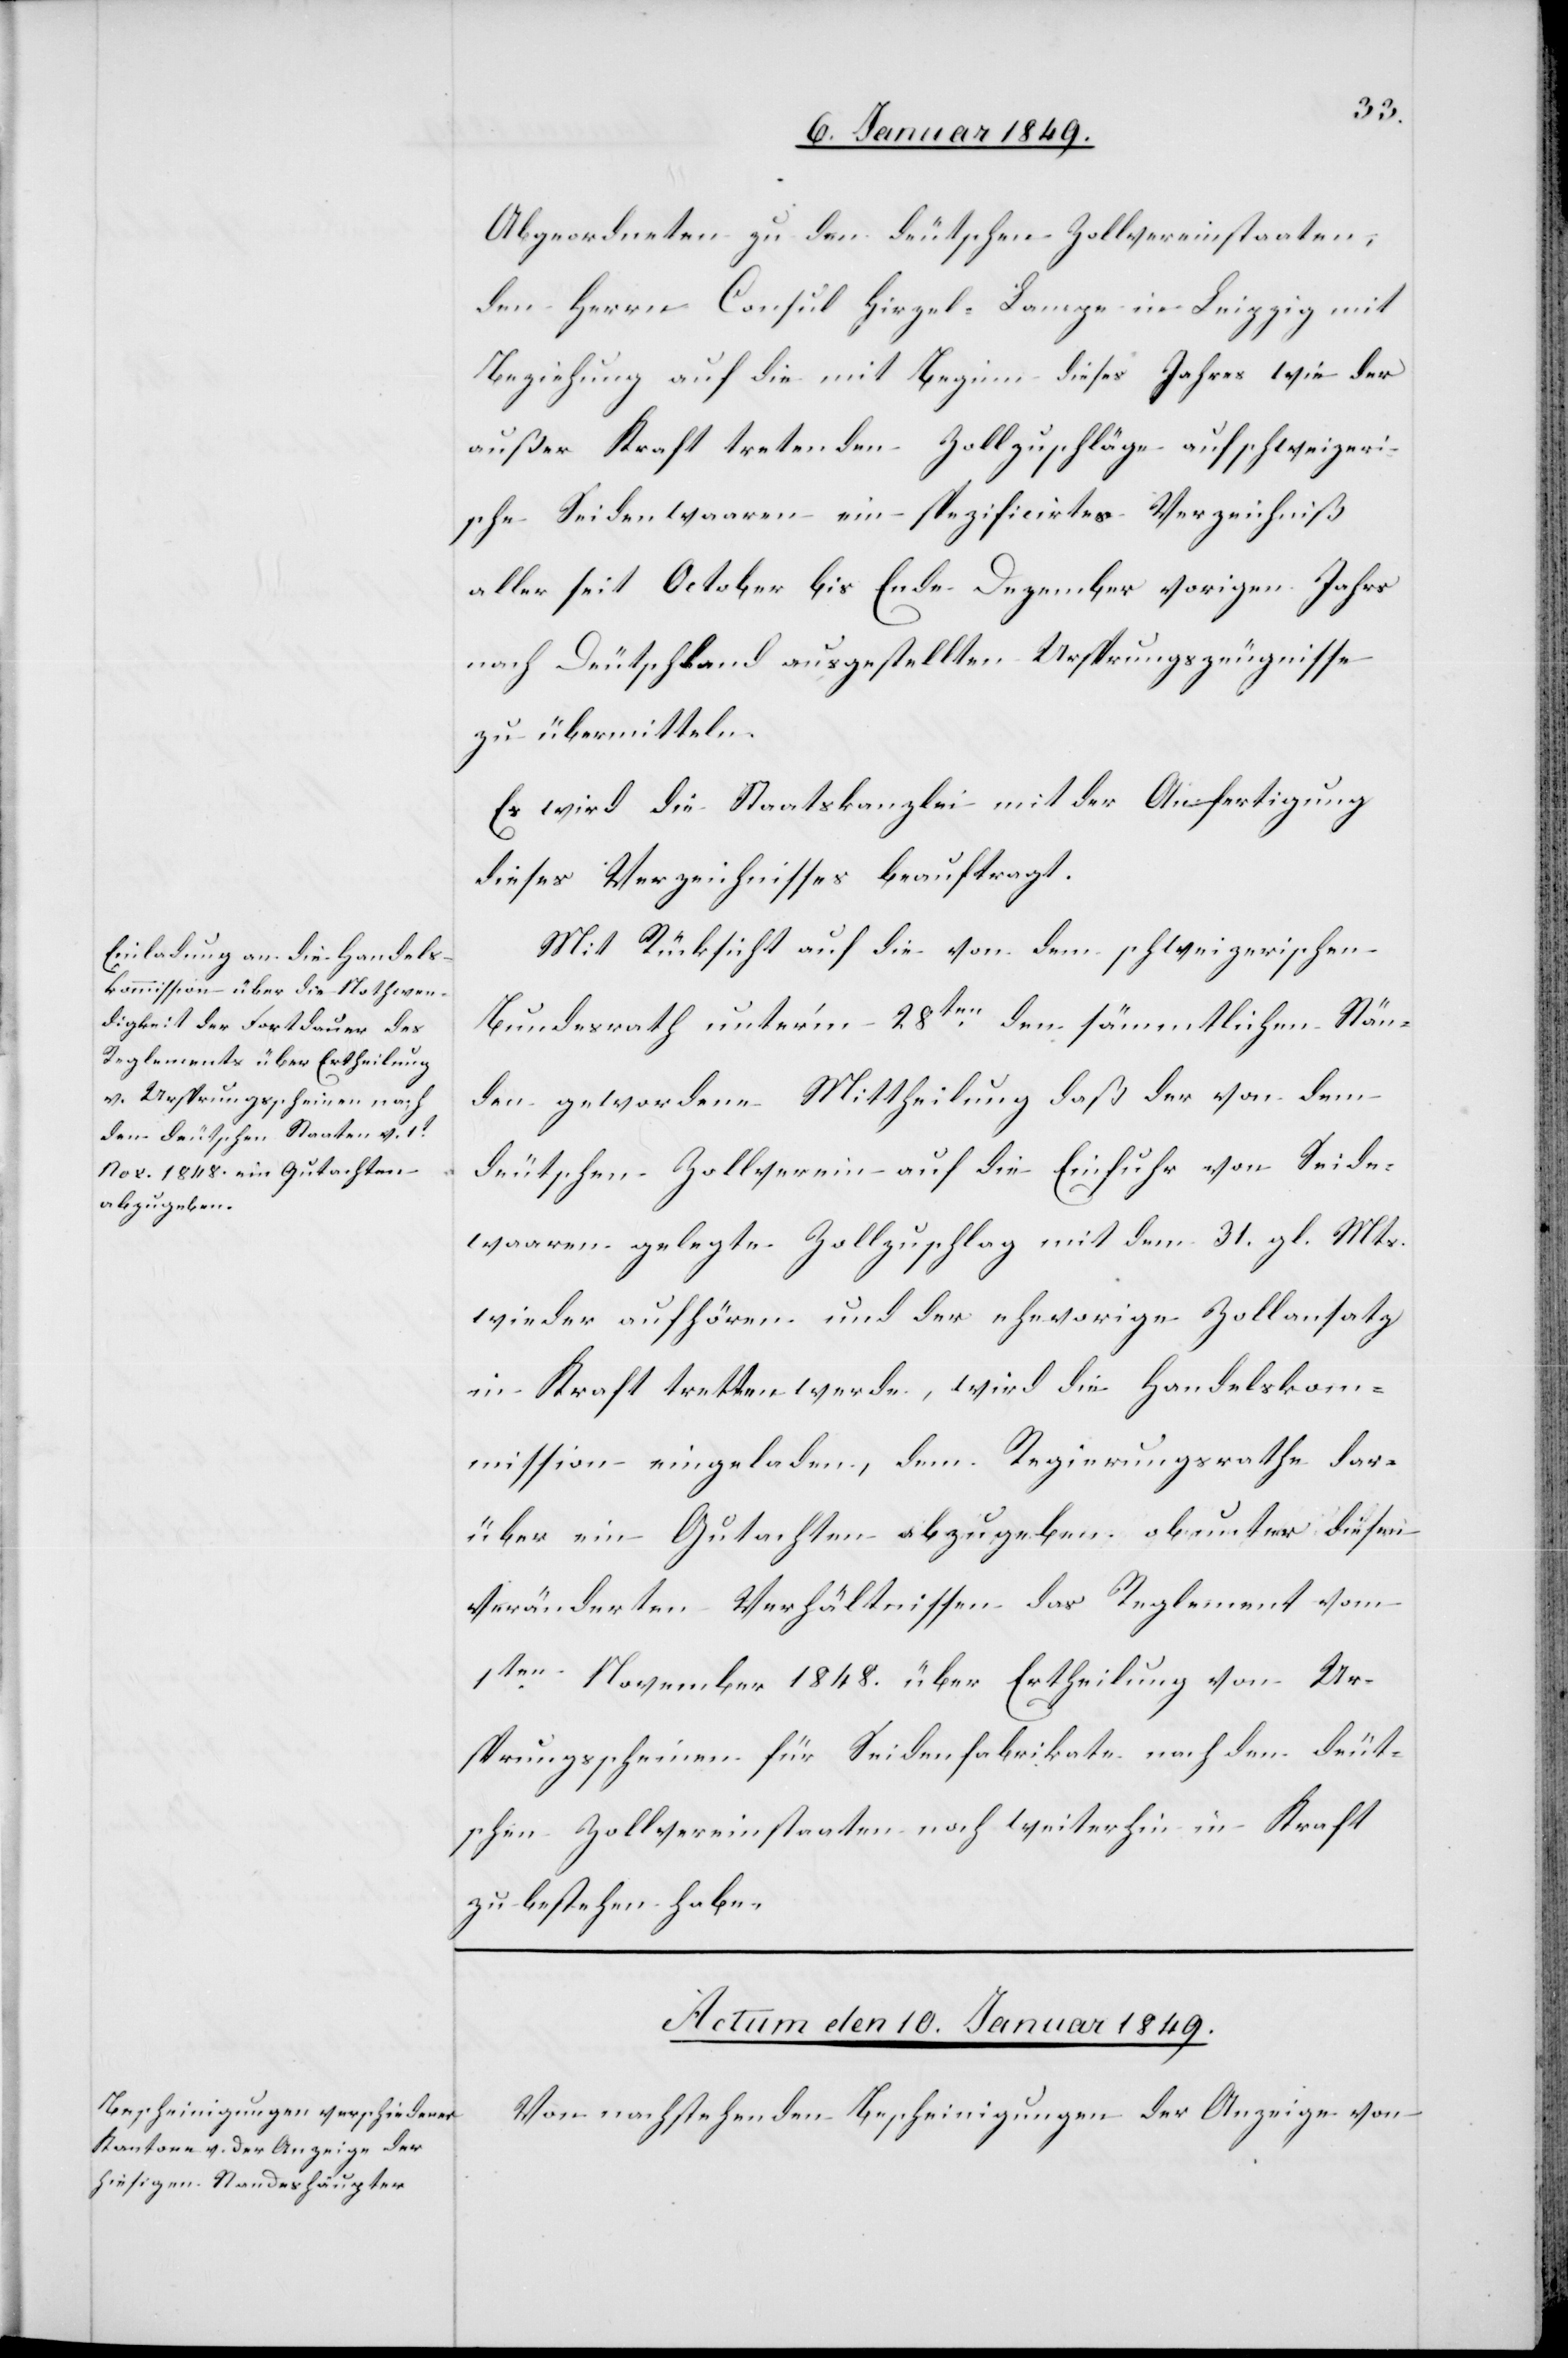
Abgeordneten zu den deutschen Zollvereinstaaten,
den Herrn Consul Hirzel-Lampe in Leipzig mit
Beziehung auf die mit Beginn dieses Jahres wie der
außer Kraft tretenden Zollzuschläge auf schweizeri¬
sche Seidenwaaren ein spezificirtes Verzeichniß
aller seit October bis Ende Dezember vorigen Jahrs
nach Deutschland ausgestellten Ursprungszeugnisse
zu übermitteln.
Es wird die Staatskanzlei mit der Anfertigung
dieses Verzeichnisses beauftragt.
Mit Rücksicht auf die von dem schweizerischen
Bundesrath unter’m 28ten. den sämmtlichen Stän¬
den gewordene Mittheilung daß der von dem
deutschen Zollverein auf die Einfuhr von Seide¬
waaren gelegte Zollzuschlag mit dem 31. gl. Mts.
wieder aufhören und der ehevorige Zollansatz
in Kraft tretten werde, wird die Handelskom¬
mission eingeladen, dem Regierungsrathe dar¬
über ein Gutachten abzugeben ob unter diesen
veränderten Verhältnissen das Reglement vom
1ten. November 1848. über Ertheilung von Ur¬
sprungsscheinen für Seidenfabrikate nach den deut¬
schen Zollvereinstaaten noch weiterhin in Kraft
zu bestehen habe.
Actum den 10. Januar 1849.
Von nachstehenden Bescheinigungen der Anzeige von